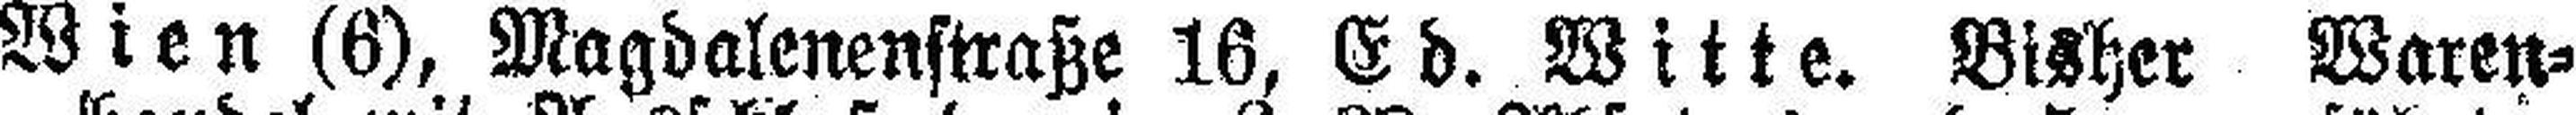
Wien (6), Magdalenenstraße 16, Ed. Witte. Bisher Waren¬